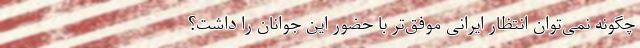
چگونه نمی‌توان انتظار ایرانی موفق‌تر با حضور این جوانان را داشت؟